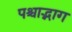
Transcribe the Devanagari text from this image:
पश्चाद्भाग